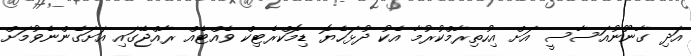
އަދި ގާނޫނުއަސާސީ އަށް އިހުތިރާމްކުރުމާ އެކު ދުޅަހެޔޮ ޑިމޮކްރެޓިކް ވެއްޓެއް ރާއްޖޭގައި އަށަގެންނެވުމަށް